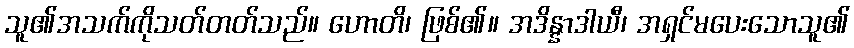
သူ၏အသက်ကိုသတ်တတ်သည်။ ဟောတိ၊ ဖြစ်၏။ အဒိန္နာဒါယီ၊ အရှင်မပေးသောသူ၏